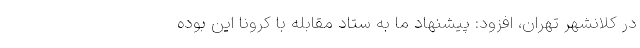
در کلانشهر تهران، افزود: پیشنهاد ما به ستاد مقابله با کرونا این بوده